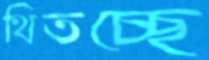
থিতচ্ছে